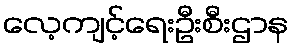
လေ့ကျင့်ရေးဦးစီးဌာန